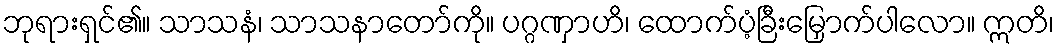
ဘုရားရှင်၏။ သာသနံ၊ သာသနာတော်ကို။ ပဂ္ဂဏှာဟိ၊ ထောက်ပံ့ခြီးမြှောက်ပါလော။ ဣတိ၊